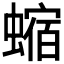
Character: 𧐴